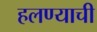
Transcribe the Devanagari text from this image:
हलण्याची